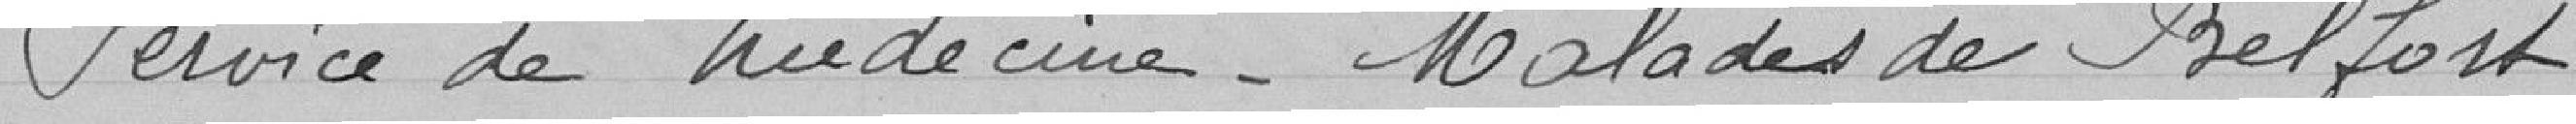
Service de médecine. malades de Belfort